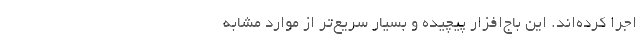
اجرا کرده‌اند. این باج‌افزار پیچیده و بسیار سریع‌تر از موارد مشابه